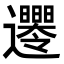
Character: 𨙘